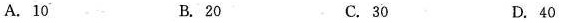
A.10 B.20 C.30 D.40